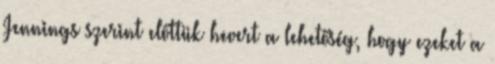
Jennings szerint előttük hevert a lehetőség, hogy ezeket a